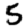
Digit: 5